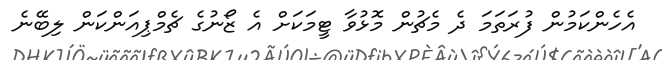
އެހެންކަމުން ފުރަތަމަ ދެ މެޗުން މޮޅުވާ ޓީމަކަށް އެ ޒޯނުގެ ޗެމްޕިއަންކަން ލިބޭނެ